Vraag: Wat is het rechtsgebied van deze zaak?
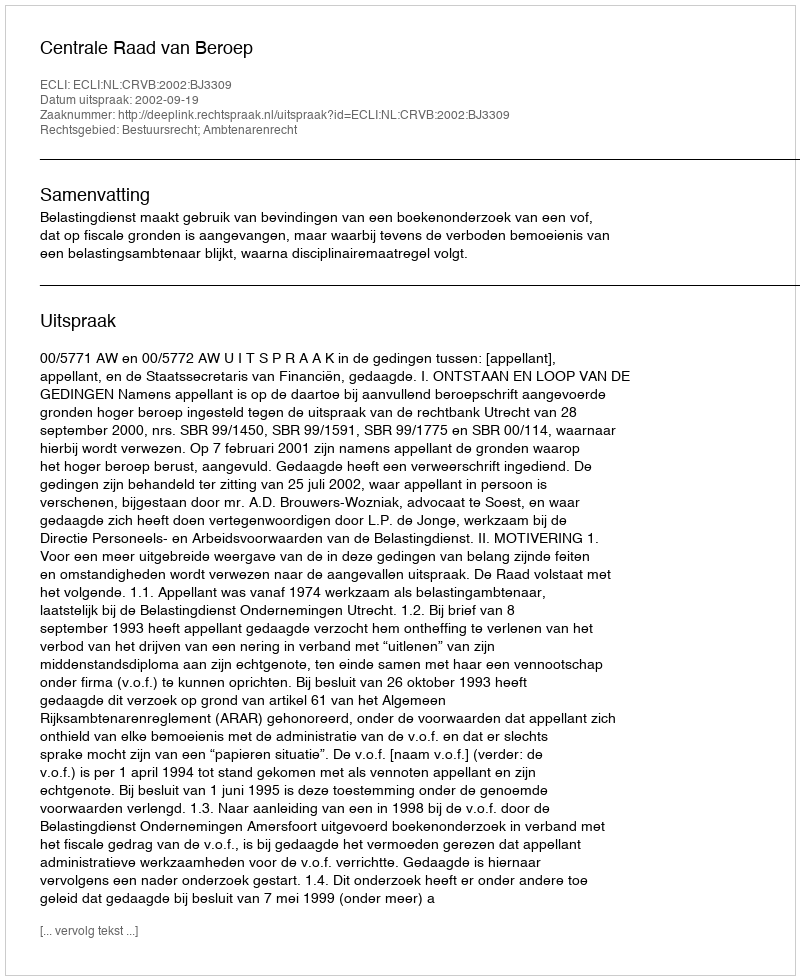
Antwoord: Bestuursrecht; Ambtenarenrecht